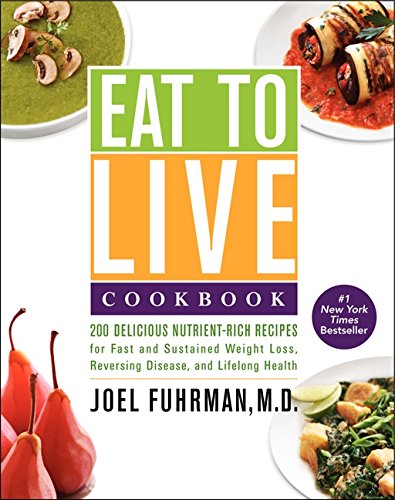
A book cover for Eat to Live Cookbook: 200 Delicious Nutrient-Rich Recipes for Fast and Sustained Weight Loss, Reversing Disease, and Lifelong Health; Joel Fuhrman; Cookbooks, Food & Wine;